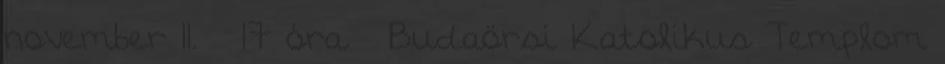
november 11. – 17 óra – Budaörsi Katolikus Templom